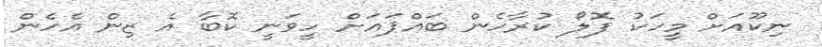
ނިކޫއަށް މީހަކު ފޮލޯ ކުރާހެން ބައްޕައަށް ހީވަނީ ކޮބާ އެ ޒިން އެހެން